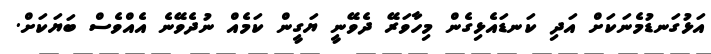
އަޅުގަނޑުމެނަކަށް އަދި ކަނޑައެޅިގެން މިހާވަރޭ ދެވޭނީ ޔަގީން ކަމެއް ނުދެވޭނެ އެއްވެސް ބަޔަކަށް.